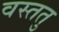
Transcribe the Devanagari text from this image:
वस्ततु